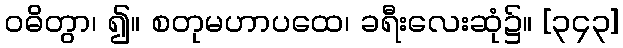
ဝဓိတွာ၊ ၍။ စတုမဟာပထေ၊ ခရီးလေးဆုံ၌။ [၃၄၃]